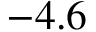
- 4 . 6